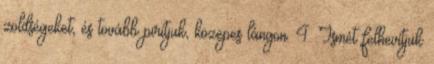
zöldségeket, és tovább pirítjuk, közepes lángon. 4. Ismét felhevítjük